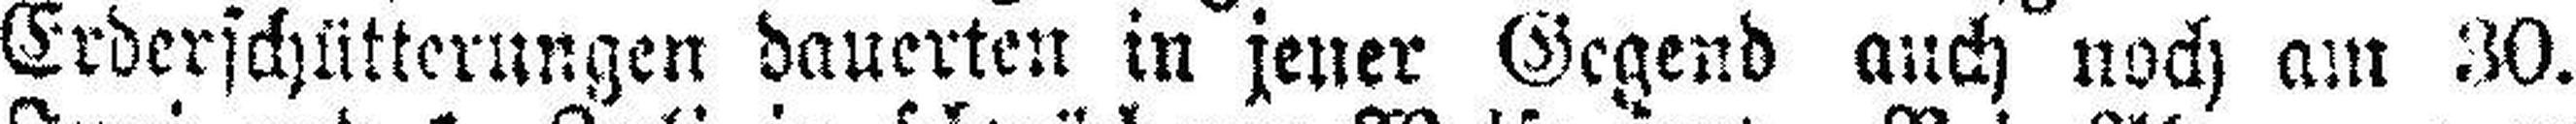
Erderschütterungen dauerten in jener Gegend auch noch am 30.